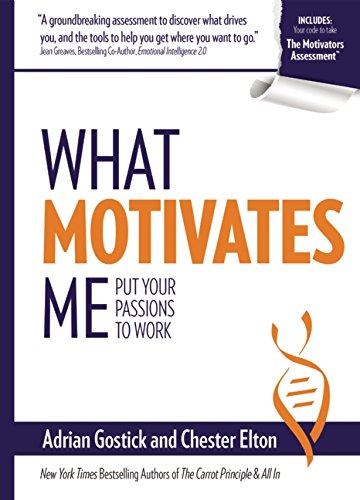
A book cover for What Motivates Me: Put Your Passions to Work; Adrian Gostick; Medical Books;